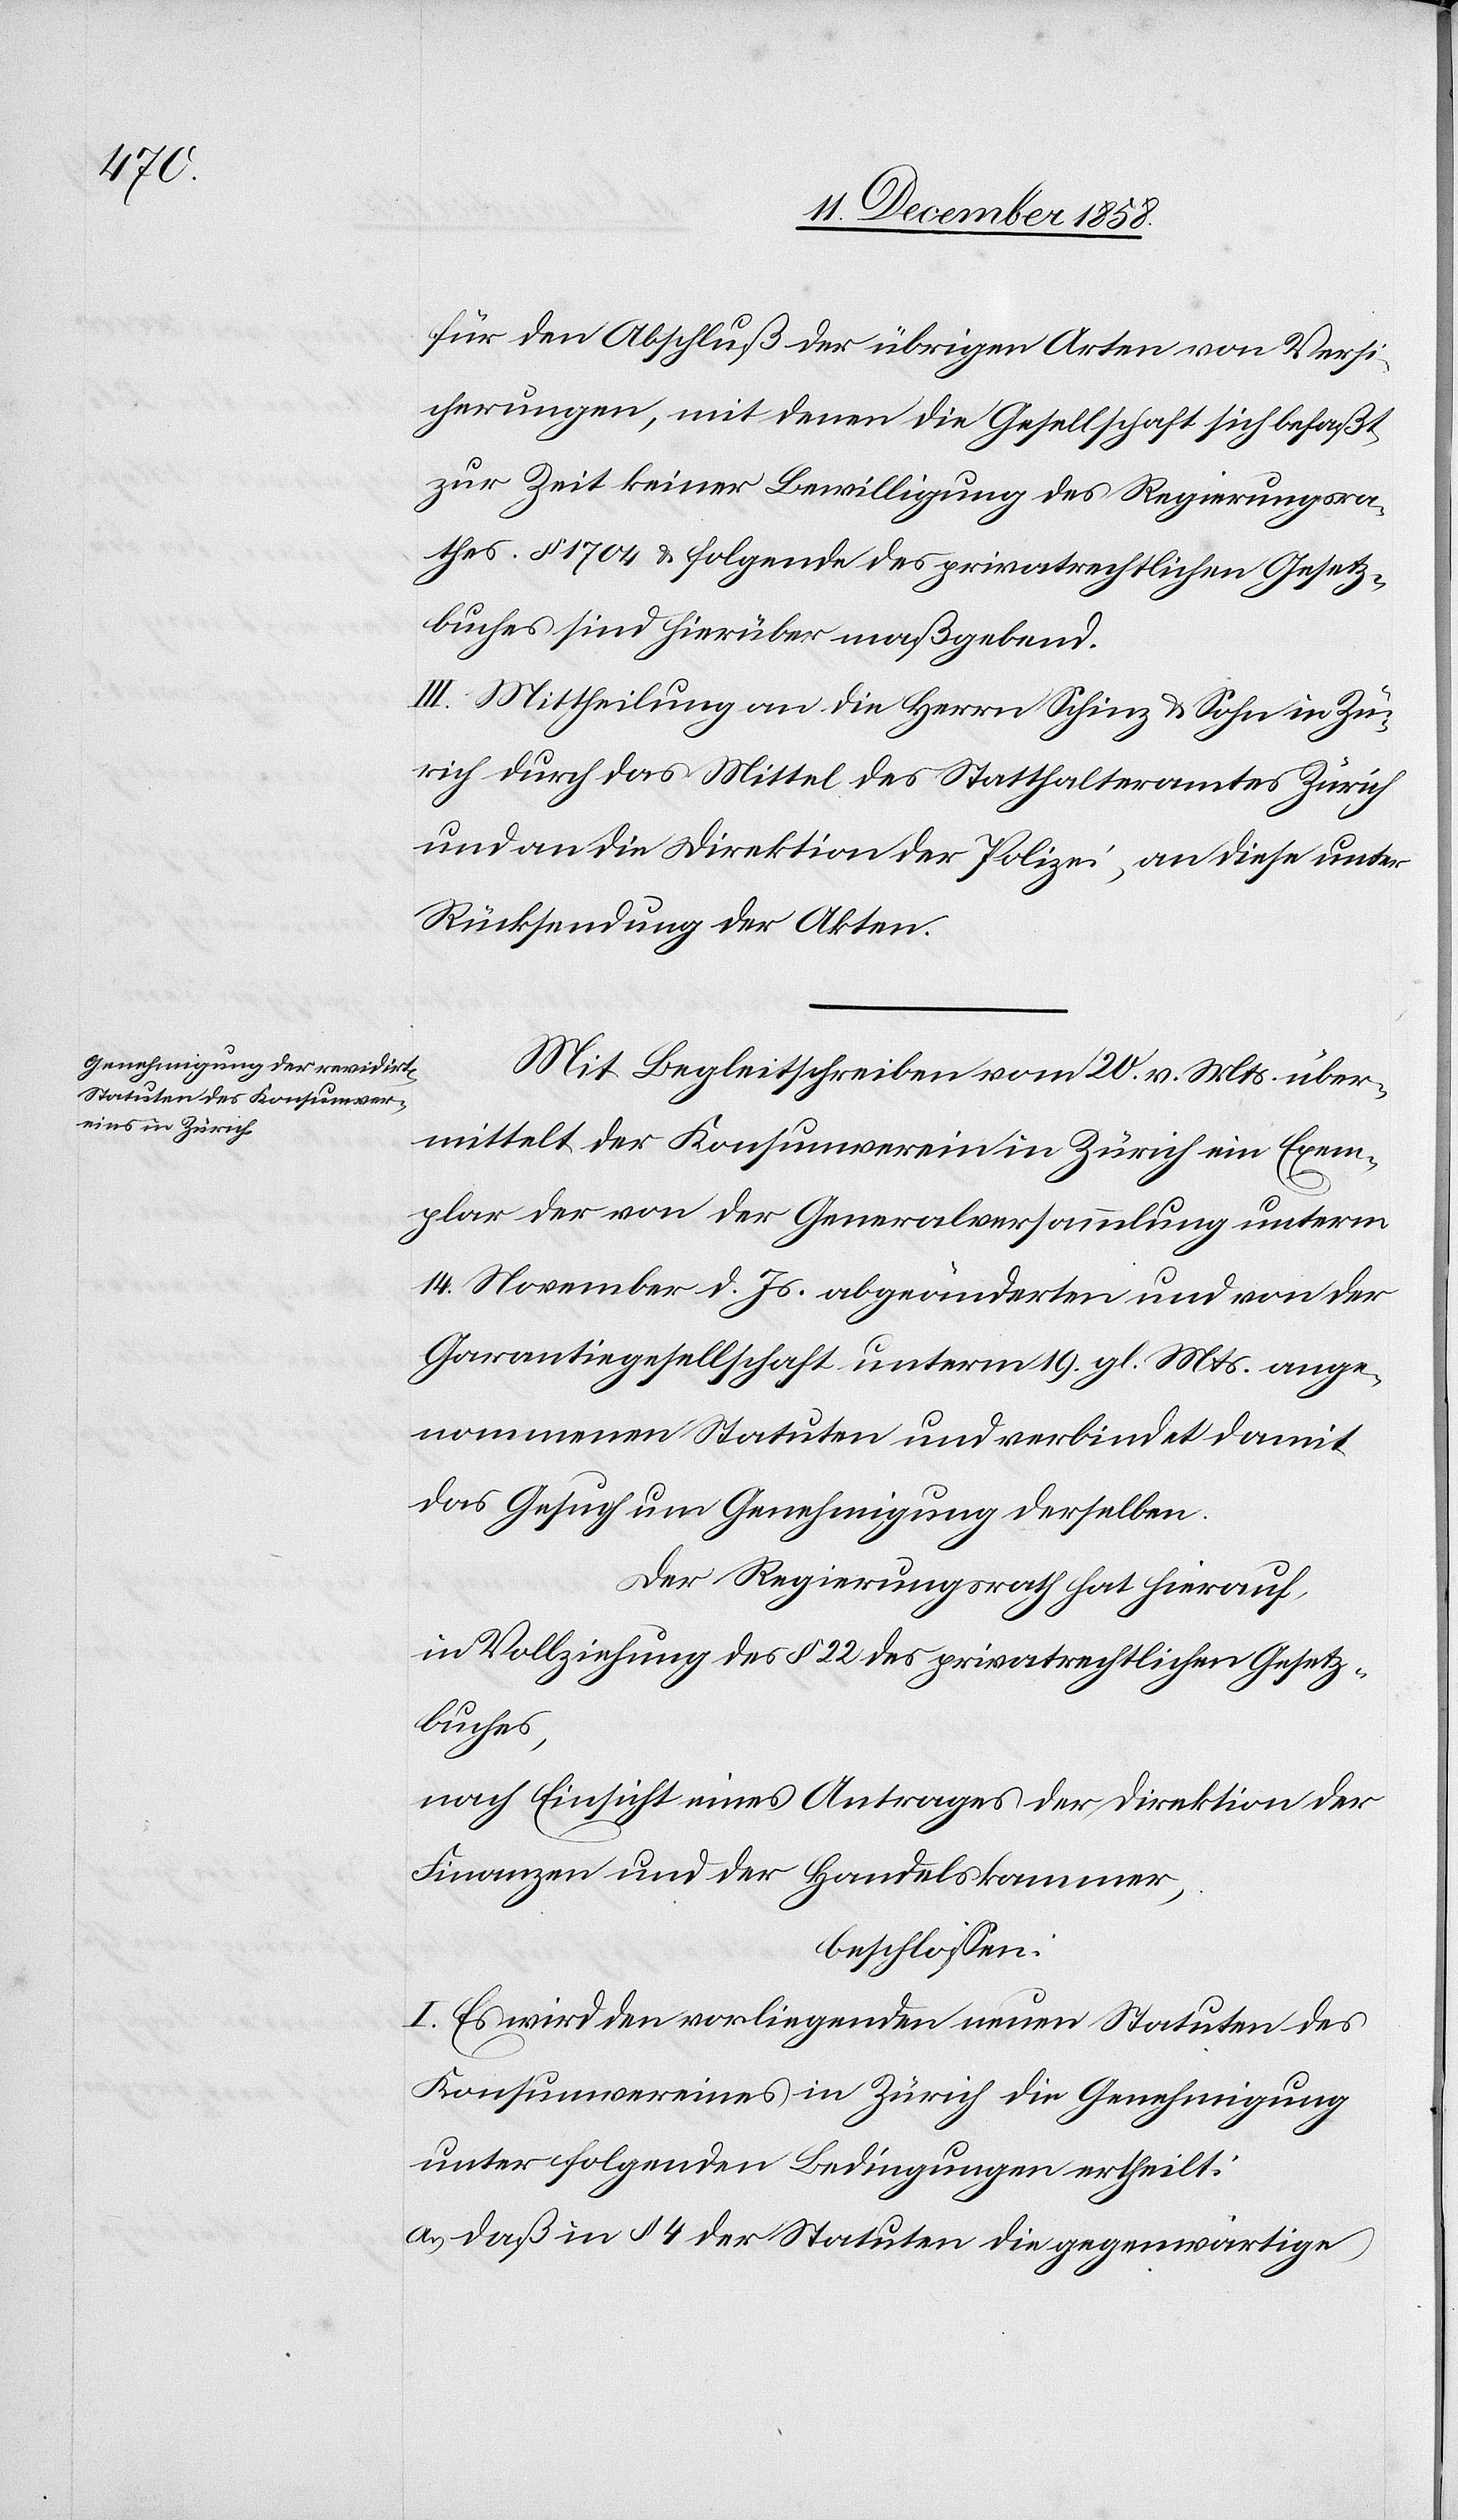
für den Abschluß der übrigen Arten von Versi¬
cherungen, mit denen die Gesellschaft sich befaßt,
zur Zeit keiner Bewilligung des Regierungsra¬
thes. § 1704 & folgende des privatrechtlichen Gesetz¬
buches sind hierüber maßgebend.
III. Mittheilung an die Herrn Schinz & Sohn in Zü¬
rich durch das Mittel des Statthalteramtes Zürich
und an die Direktion der Polizei, an diese unter
Rücksendung der Akten.
Mit Begleitschreiben vom 20. v. Mts. über¬
mittelt der Konsumverein in Zürich ein Exem¬
plar der von der Generalversammlung unterm
14. November d. Js. abgeänderten und von der
Garantiegesellschaft unterm 19. gl. Mts. ange¬
nommenen Statuten und verbindet damit
das Gesuch um Genehmigung derselben.
Der Regierungsrath hat hierauf,
in Vollziehung des § 22 des privatrechtlichen Gesetz¬
buches,
nach Einsicht eines Antrages der Direktion der
Finanzen und der Handelskammer,
beschlossen:
I. Es wird den vorliegenden neuen Statuten des
Konsumvereines in Zürich die Genehmigung
unter folgenden Bedingungen ertheilt:
daß in § 4 der Statuten die gegenwärtige